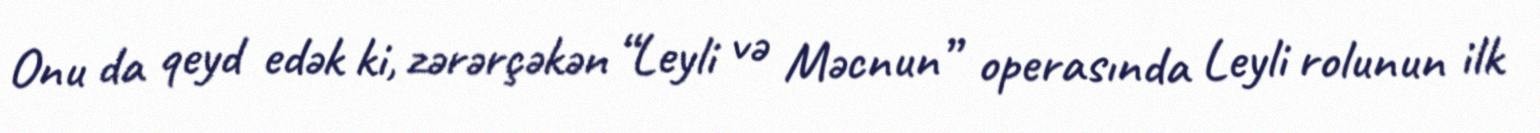
Onu da qeyd edək ki, zərərçəkən “Leyli və Məcnun” operasında Leyli rolunun ilk